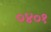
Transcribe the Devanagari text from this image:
०४०१